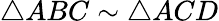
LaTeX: \triangle ABC\sim\triangle ACD